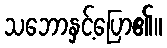
သဘောနှင့်ပြော၏။